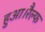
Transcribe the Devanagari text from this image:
हुआ।रैल्फ